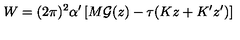
W = ( 2 \pi ) ^ { 2 } \alpha ^ { \prime } \left[ M { \cal G } ( z ) - \tau ( K z + K ^ { \prime } z ^ { \prime } ) \right]